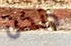
دنكن